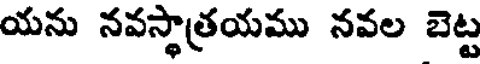
యను నవస్థాత్రయము నవల బెట్ట